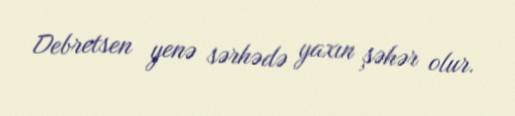
Debretsen yenə sərhədə yaxın şəhər olur.